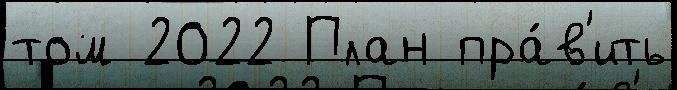
том 2022 План пра́в'ить